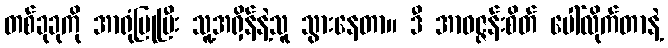
တစ်ခုခုကို အာရုံပြုပြီး သူ့အရှိန်နဲ့သူ သွားနေတာ။ ဒီ အာဝဇ္ဇန်းစိတ် ပေါ်လိုက်တာနဲ့